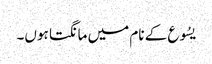
یسُوع کے نام میں مانگتا ہوں۔